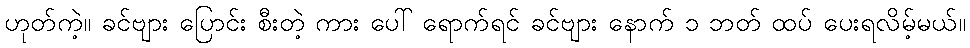
ဟုတ်ကဲ့။ ခင်ဗျား ပြောင်း စီးတဲ့ ကား ပေါ် ရောက်ရင် ခင်ဗျား နောက် ၁ ဘတ် ထပ် ပေးရလိမ့်မယ်။